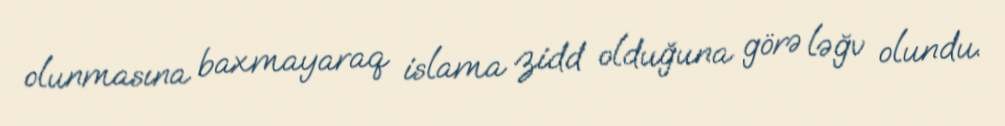
olunmasına baxmayaraq islama zidd olduğuna görə ləğv olundu.